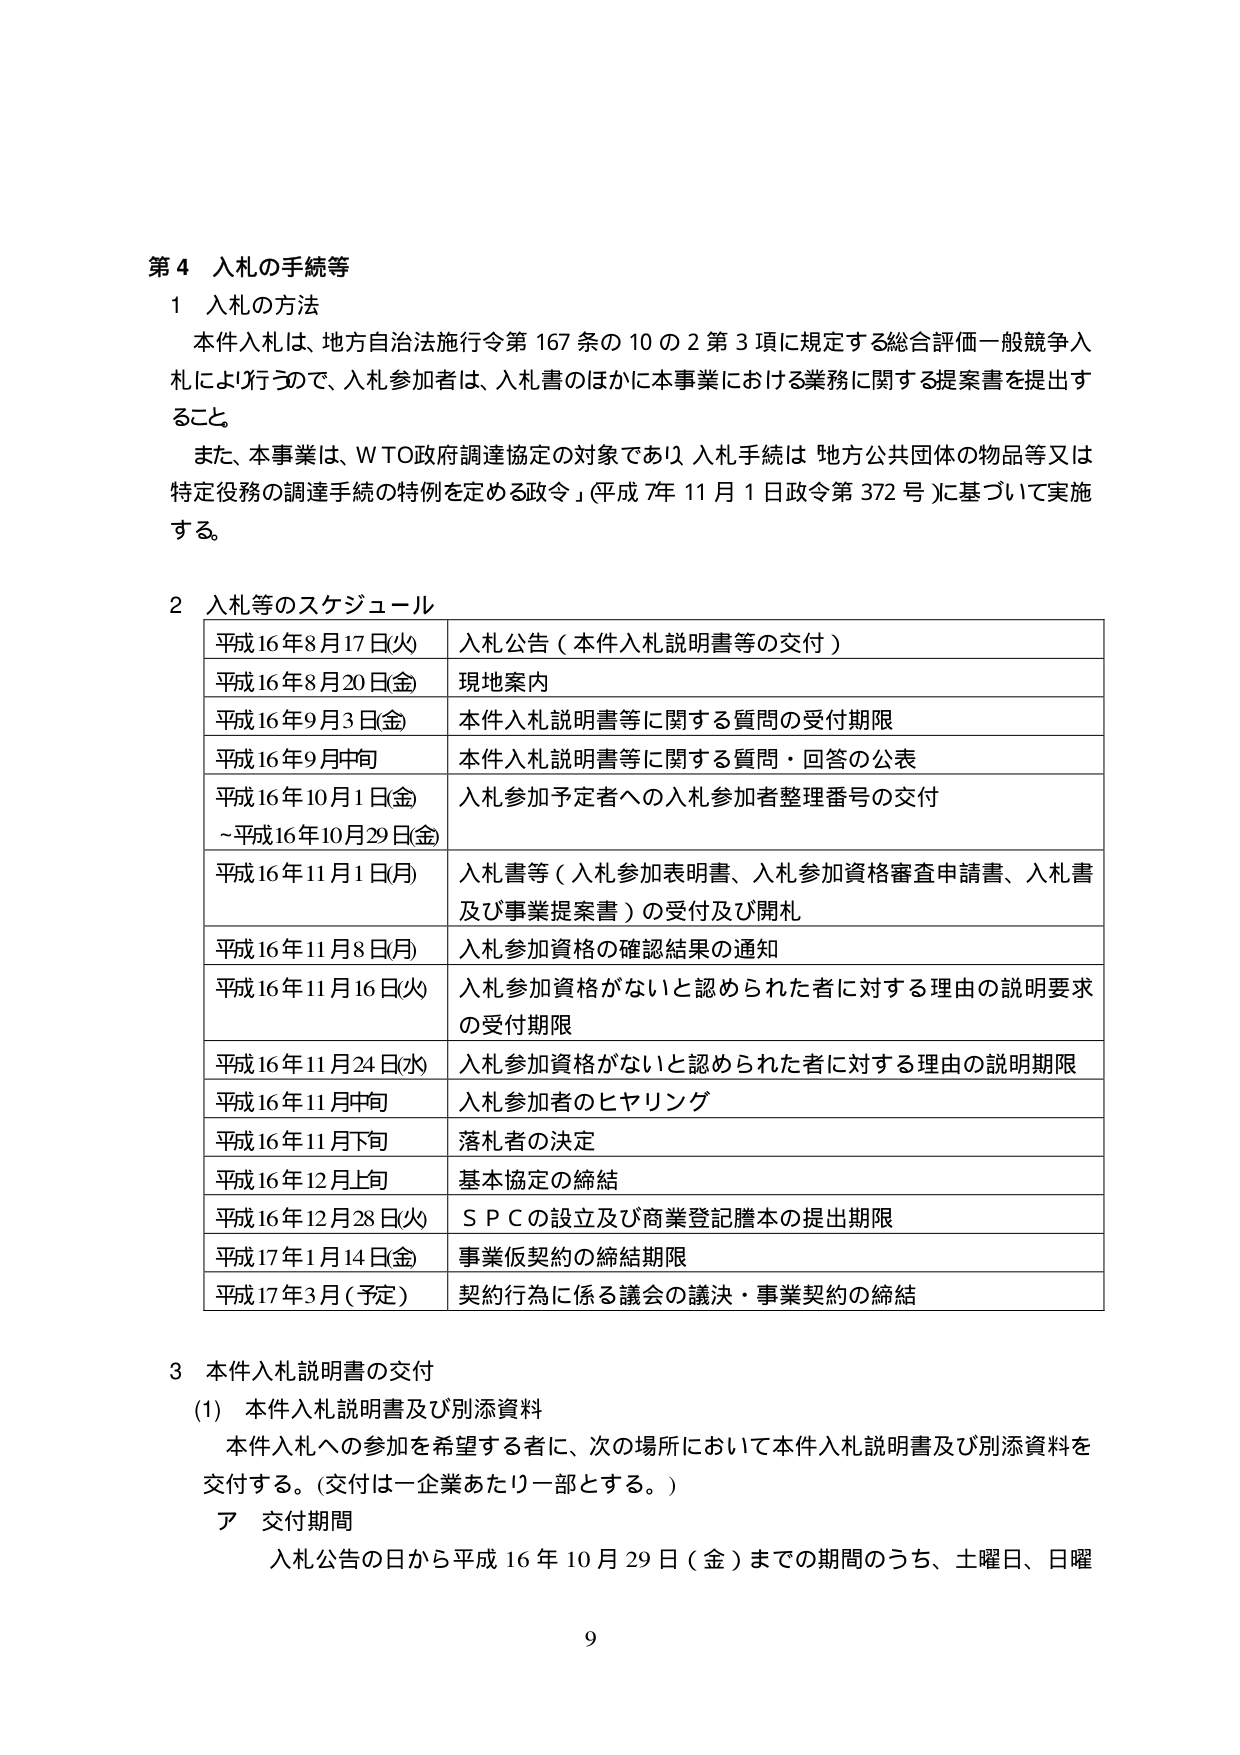
第４ 入札の手続等

１ 入札の方法
本件入札は、地方自治法施行令第167条の10の2第3項に規定する総合評価一般競争入札により行うので、入札参加者は、入札書のほかに本事業における業務に関する提案書を提出すること。
また、本事業は、WTO政府調達協定の対象であり、入札手続は「地方公共団体の物品等又は特定役務の調達手続の特例を定める政令」（平成7年11月1日政令第372号）に基づいて実施する。

２ 入札等のスケジュール
平成16年8月17日(火) 入札公告（本件入札説明書等の交付）
平成16年8月20日(金) 現地案内
平成16年9月3日(金) 本件入札説明書等に関する質問の受付期限
平成16年9月中旬 本件入札説明書等に関する質問・回答の公表
平成16年10月1日(金)～平成16年10月29日(金) 入札参加予定者への入札参加者整理番号の交付
平成16年11月1日(月) 入札書等（入札参加表明書、入札参加資格審査申請書、入札書及び事業提案書）の受付及び開札
平成16年11月8日(月) 入札参加資格の確認結果の通知
平成16年11月16日(火) 入札参加資格がないと認められた者に対する理由の説明要求の受付期限
平成16年11月24日(水) 入札参加資格がないと認められた者に対する理由の説明期限
平成16年11月中旬 入札参加者のヒヤリング
平成16年11月下旬 落札者の決定
平成16年12月上旬 基本協定の締結
平成16年12月28日(火) ＳＰＣの設立及び商業登記謄本の提出期限
平成17年1月14日(金) 事業仮契約の締結期限
平成17年3月（予定） 契約行為に係る議会の議決・事業契約の締結

３ 本件入札説明書の交付
(1) 本件入札説明書及び別添資料
本件入札への参加を希望する者に、次の場所において本件入札説明書及び別添資料を交付する。（交付は一企業あたり一部とする。）
ア 交付期間
入札公告の日から平成16年10月29日（金）までの期間のうち、土曜日、日曜

9